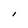
Character: l